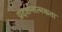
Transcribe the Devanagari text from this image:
प्रदर्शनात्मकता